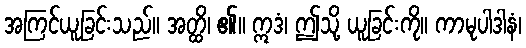
အကြင်ယူခြင်းသည်။ အတ္ထိ၊ ၏။ ဣဒံ၊ ဤသို့ ယူခြင်းကို။ ကာမုပါဒါနံ၊